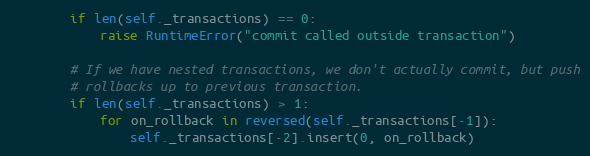
Language: Python
        if len(self._transactions) == 0:
            raise RuntimeError("commit called outside transaction")

        # If we have nested transactions, we don't actually commit, but push
        # rollbacks up to previous transaction.
        if len(self._transactions) > 1:
            for on_rollback in reversed(self._transactions[-1]):
                self._transactions[-2].insert(0, on_rollback)